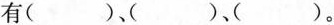
有( )、( )、( )。